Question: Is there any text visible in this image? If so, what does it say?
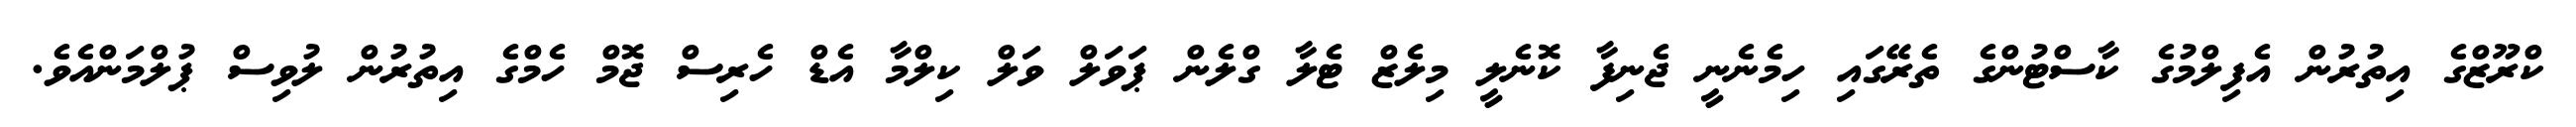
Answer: ކްރޫޒްގެ އިތުރުން އެފިލްމުގެ ކާސްޓުންގެ ތެރޭގައި ހިމެނެނީ ޖެނިފާ ކޮނެލީ މިލެޒް ޓެލާ ގްލެން ޕަވަލް ވަލް ކިލްމާ އެޑް ހެރިސް ޖޮމް ހެމްގެ އިތުރުން ލުވިސް ޕުލްމަންއެވެ.